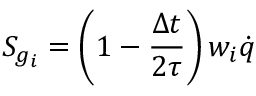
S _ { g _ { i } } = \left( 1 - \frac { \Delta t } { 2 \tau } \right) w _ { i } \dot { q }